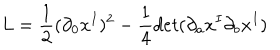
L = \frac { 1 } { 2 } ( \partial _ { 0 } x ^ { I } ) ^ { 2 } - \frac { 1 } { 4 } d e t ( \partial _ { a } x ^ { I } \partial _ { b } x ^ { I } )